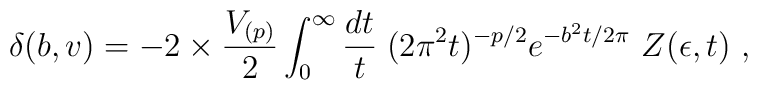
\delta (b,v)  =  - 2\times {V_{(p)} \over 2 }\int_0^\infty{dt\over t}\; (2\pi^2 t)^{-p/2}  e^{-b^2 t/2\pi}\ Z(\epsilon, t) \ ,